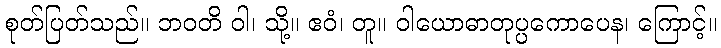
စုတ်ပြတ်သည်။ ဘဝတိ ဝါ၊ သို့။ ဧဝံ၊ တူ။ ဝါယောဓာတုပ္ပကောပေန၊ ကြောင့်။